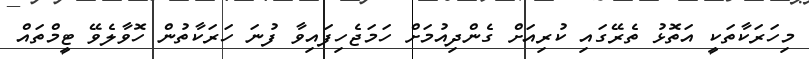
މިހަރަކާތަކީ އަތޮޅު ތެރޭގައި ކުރިއަށް ގެންދިއުމަށް ހަަމަޖެހިފައިވާ ފުނަ ހަރަކާތުން ހޮވާލެވޭ ޓީމްތައް